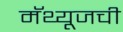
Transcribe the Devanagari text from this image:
मॅथ्यूजची